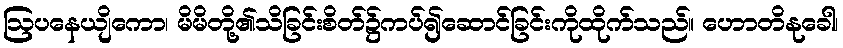
ဩပနေယျိကော၊ မိမိတို့၏သိခြင်းစိတ်၌ကပ်၍ဆောင်ခြင်းကိုထိုက်သည်။ ဟောတိနုခေါ၊